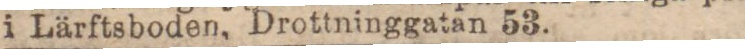
i Lärftsboden, Drottninggatan 53.